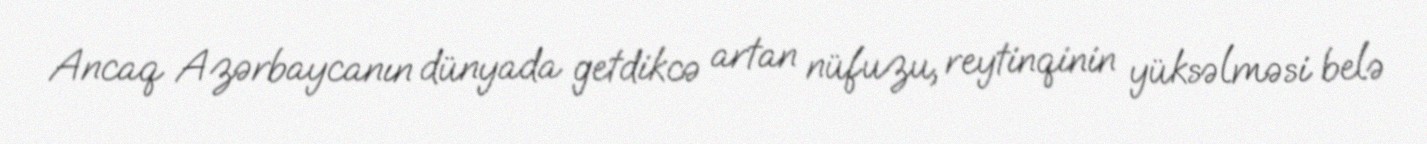
Ancaq Azərbaycanın dünyada getdikcə artan nüfuzu, reytinqinin yüksəlməsi belə